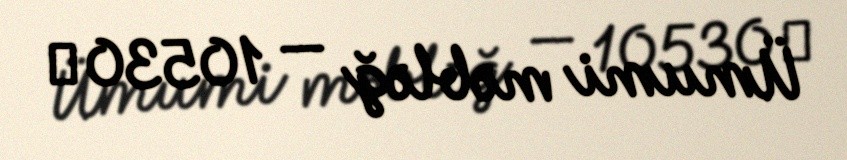
Ümumi məbləğ — 10530 ₼